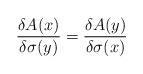
LaTeX: \begin{align*}\frac{\delta A(x)}{\delta\sigma(y)} =\frac{\delta A(y)}{\delta\sigma(x)}\end{align*}